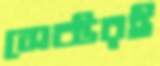
সেক্টরই